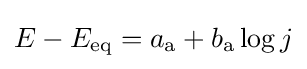
E-E_{\rm {eq}}=a_{\rm {a}}+b_{\rm {a}}\log j